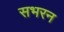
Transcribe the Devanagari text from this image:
सभरन